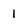
Character: 1